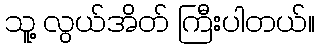
သူ့ လွယ်အိတ် ကြီးပါတယ်။